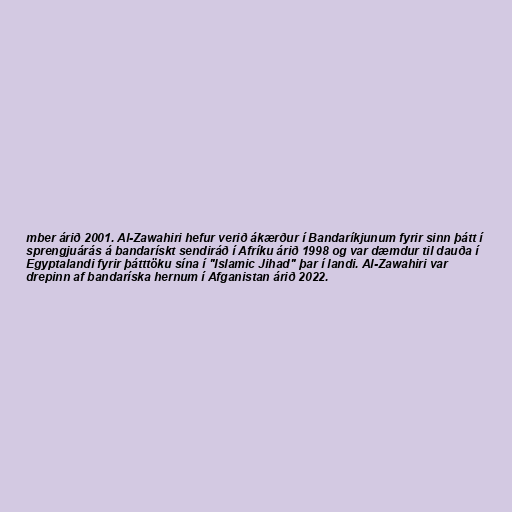
mber árið 2001. Al-Zawahiri hefur verið ákærður í Bandaríkjunum fyrir sinn þátt í
sprengjuárás á bandarískt sendiráð í Afríku árið 1998 og var dæmdur til dauða í
Egyptalandi fyrir þátttöku sína í "Islamic Jihad" þar í landi. Al-Zawahiri var
drepinn af bandaríska hernum í Afganistan árið 2022.